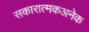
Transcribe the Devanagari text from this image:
सकारात्मकअनेक